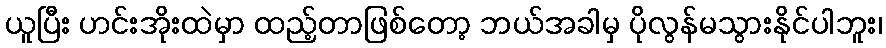
ယူပြီး ဟင်းအိုးထဲမှာ ထည့်တာဖြစ်တော့ ဘယ်အခါမှ ပိုလွန်မသွားနိုင်ပါဘူး၊